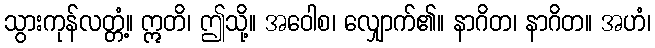
သွားကုန်လတ္တံ့။ ဣတိ၊ ဤသို့။ အဝေါစ၊ လျှောက်၏။ နာဂိတ၊ နာဂိတ။ အဟံ၊